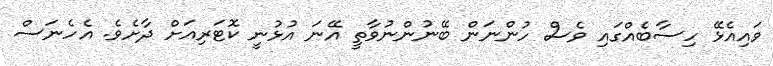
ވައިއެޅޭ ހިސާބެއްގައި ވެސް ހުންނަން ބޭނުންނުވާތީ އޭނަ އުޅުނީ ކޮޓަރިއަށް ދާށެވެ. އެހެނަސް